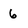
Character: 6